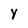
Character: y